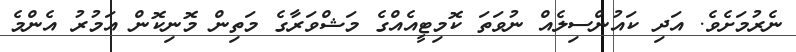
ނެރުމަށެވެ. އަދި ކައުންސިލެއް ނުވަތަ ކޮމިޓީއެއްގެ މަޝްވަރާގެ މަތިން މޮނިކޮން އަމުރު އެންމެ